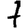
Digit: 7